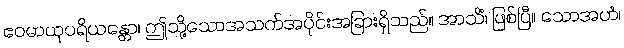
ဧဝမာယုပရိယန္တော၊ ဤသို့သောအသက်အပိုင်းအခြားရှိသည်။ အာသိံ၊ ဖြစ်ပြီ။ သောအဟံ၊